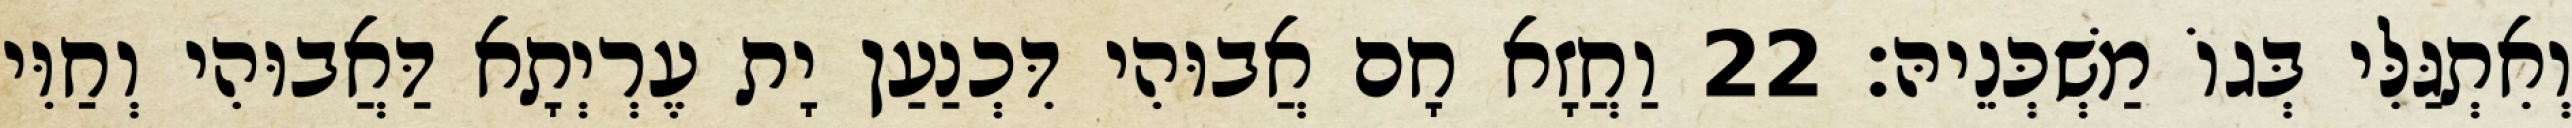
וְאִתְגַּלִּי בְּגוֹ מַשְׁכְּנֵיהּ׃ 22 וַחֲזָא חָם אֲבוּהִי דִּכְנַעַן יָת עֶרְיְתָא דַּאֲבוּהִי וְחַוִּי